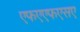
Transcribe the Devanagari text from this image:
एफएएफएसए